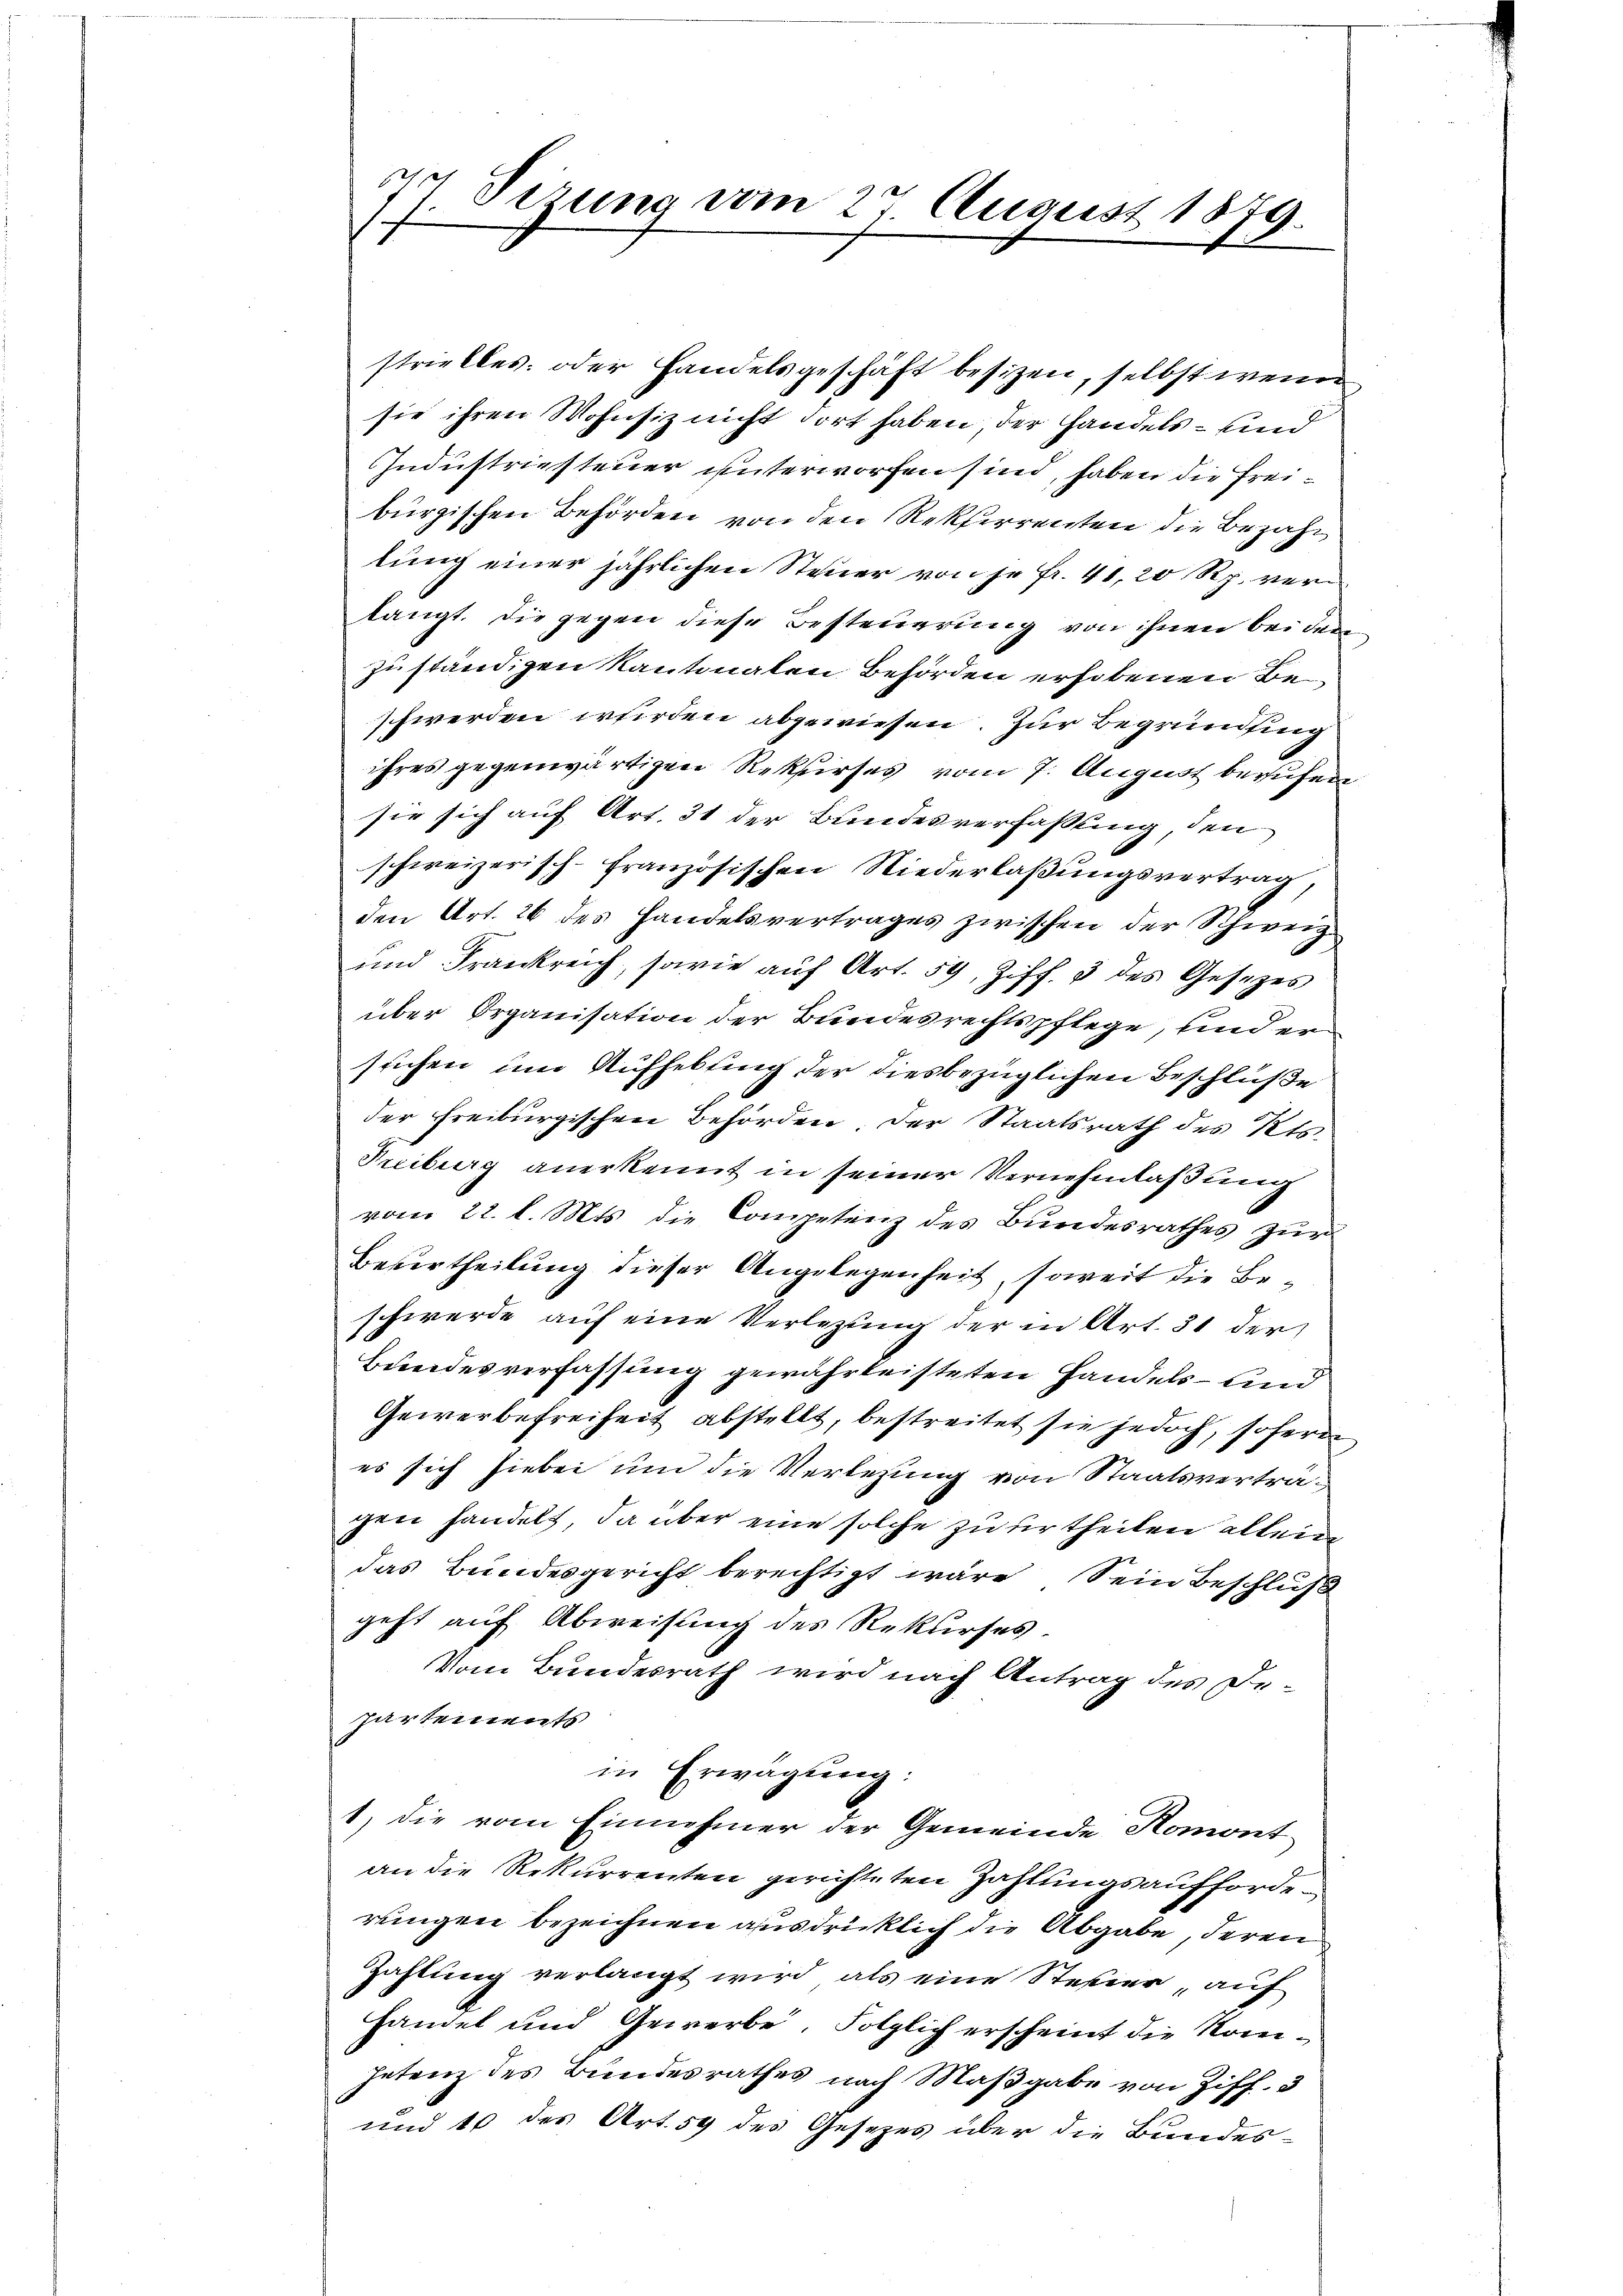
77. Sizung vom 27. August 1879.

strielles oder Handelsgeschäft besizen, selbst wenn
sie ihren Wohnsiz nicht dort haben der Handels- und
Industriesteuer unterworfen sind, haben die Freibürgischen Behörden von den Rekferrenten die Bezahl
lung einer jährlichen Steuer von je Fr. 41, 20 Rp. verlangt. Die gegen diese Besteuerung von ihnen bei den
zu ständigen Kantonalen Behörden erhobenen Beschwerden werden abgewiesen. Zur Begründling
ihres gegenwärtigen Rekurses vom 7. August berufen
sie sich auf Art. 31 der Bundesverfassung, den
schweizerisch-französischen Niederlaßungsvertrag,
den Art. 26 des Handelsvertrages zwischen der Schweiz
und Frankreich, sowie aŭf Art. 59, Ziff. 3 des Gesezes
über Organisation der Bundesrechtspflege, und er
stichen um Aufhebung der diesbezüglichen Beschlüße
der Freiburgischen Behörden. Der Staatsrath des Kts.
Freiburg anerkennt in seiner Vernehmlaßung
vom 22. l. Mts. die Competenz des Bundesrathes zur
Beurtheilung dieser Angelegenheit, soweit die Beschwerde auf eine Verlegung der in Art. 51 der
Bundesverfassung gewährleisteten Handels- und
Gewerbefreiheit abstellt, bestreitet sie jedoch, soferne
es sich hiebei um die Verlegung von Staatsverträgen handelt, da über eine solche zu urtheilen allein
das Bundesgericht berechtigt wäre. Sein Beschluß
geht auf Abweisung des Rekurses.
Vom Bundesrath wird nach Antrag des De-
Partements
in Erwägung:
1) die vom Einnehmer der Gemeinde Homont
an die Rekurrenten gerichteten Zahlungsaufforderungen bezeichnen ausdrücklich die Abgabe, deren
Zahlung verlangt wird, als eine Steier auf
handel und Gewerbe, Folglich erscheint die Nomi¬
Intenz des Bundesrathes nach Maβgabe von Ziff. 3
und 10 des Art. 59 des Gesezes über die Bundes-